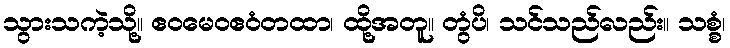
သွားသကဲ့သို့။ ဧဝမေဝဧဝံတထာ၊ ထို့အတူ။ တွံပိ၊ သင်သည်လည်း။ သစ္စံ၊